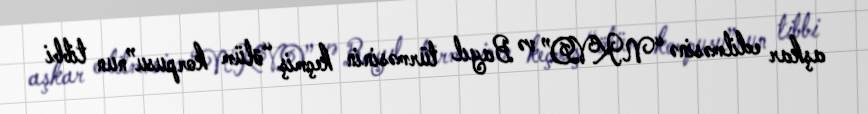
aşkar edilməsinə “NKVD” və Bayıl türməsinin keçmiş “ölüm korpusu”nun tibbi